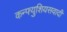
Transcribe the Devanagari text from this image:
कन्फ्युशियसवादी